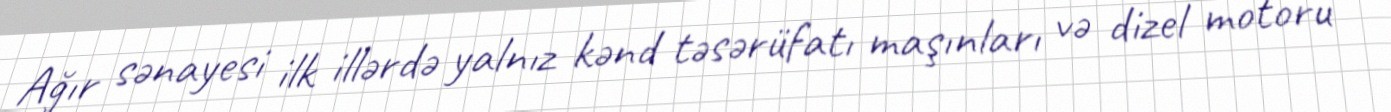
Ağır sənayesi ilk illərdə yalnız kənd təsərüfatı maşınları və dizel motoru